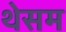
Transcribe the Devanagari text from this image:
थेसम